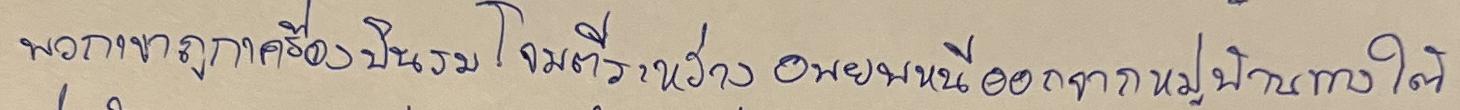
พวกเขาถูกเครื่องบินรบโจมตีในระหว่างอพยพหนีออกจากหมู่บ้านทางใต้